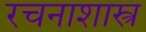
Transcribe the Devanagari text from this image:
रचनाशास्त्र